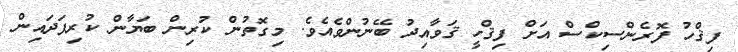
ފިޤްހު ފޮރެންސިކްސް އަށް ފިޤްހީ ޤަވާއިދު ބޭނުންވެއެވެ. މިގޮތުން ކުރިން ބަޔާން ކުރިފަދައިން